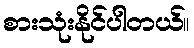
စားသုံးနိုင်ပါတယ်။